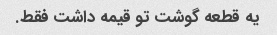
یه قطعه گوشت تو قیمه داشت فقط.